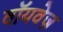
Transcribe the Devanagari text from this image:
वॉयवेज़